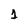
Character: 1